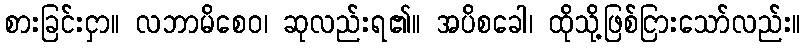
စားခြင်းငှာ။ လဘာမိစေဝ၊ ဆုလည်းရ၏။ အပိစခေါ၊ ထိုသို့ဖြစ်ငြားသော်လည်း။